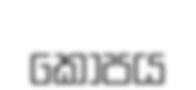
කොපය